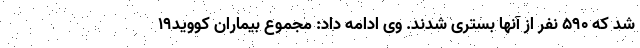
شد که ۵۹۰ نفر از آنها بستری شدند. وی ادامه داد: مجموع بیماران کووید۱۹